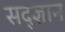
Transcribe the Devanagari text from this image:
सद्ज्ञान